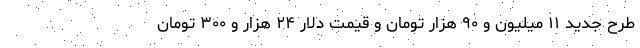
طرح جدید ۱۱ میلیون و ۹۰ هزار تومان و قیمت دلار ۲۴ هزار و ۳۰۰ تومان